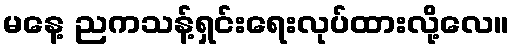
မနေ့ ညကသန့်ရှင်းရေးလုပ်ထားလို့လေ။